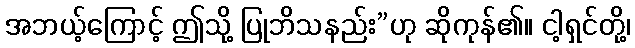
အဘယ့်ကြောင့် ဤသို့ ပြုဘိသနည်း”ဟု ဆိုကုန်၏။ ငါ့ရှင်တို့၊